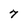
Character: 7